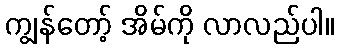
ကျွန်တော့် အိမ်ကို လာလည်ပါ။